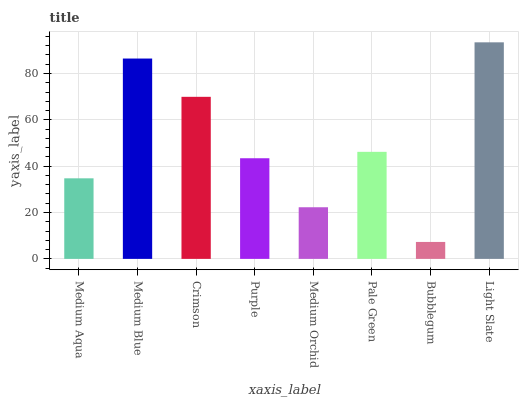
| xaxis_label | bars |
 | --- | --- |
 | Medium Aqua | 34.8 |
 | Medium Blue | 86.5 |
 | Crimson | 69.9 |
 | Purple | 43.4 |
 | Medium Orchid | 22.3 |
 | Pale Green | 46.2 |
 | Bubblegum | 7.31 |
 | Light Slate | 93.4 |